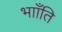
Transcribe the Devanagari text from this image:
भााँति